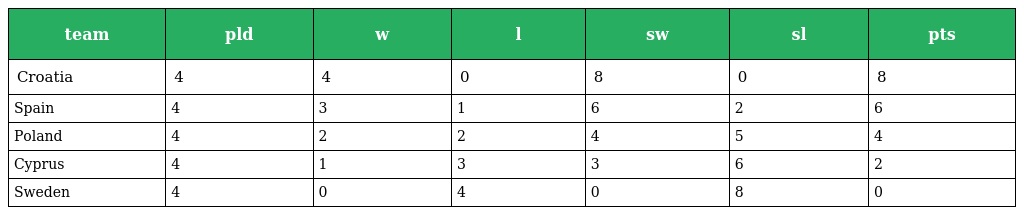
| team | pld | w | l | sw | sl | pts |
 | --- | --- | --- | --- | --- | --- | --- |
 | Croatia | 4 | 4 | 0 | 8 | 0 | 8 |
 | Spain | 4 | 3 | 1 | 6 | 2 | 6 |
 | Poland | 4 | 2 | 2 | 4 | 5 | 4 |
 | Cyprus | 4 | 1 | 3 | 3 | 6 | 2 |
 | Sweden | 4 | 0 | 4 | 0 | 8 | 0 |